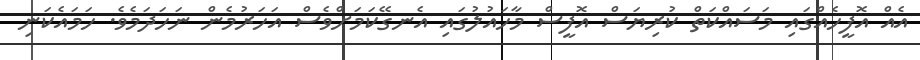
އެއް އޮފީހެއްގައި މަސައްކަތް ކުރިޔަސް އޮފީސް މާހައުލުގައި އެނގޭކަމަށްވެސް އަހަރުމެން ނަހަދަމެވެ. ހަމައެކަނި